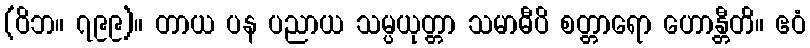
(ဝိဘ။ ၇၉၉)။ တာယ ပန ပညာယ သမ္ပယုတ္တာ သမာဓီပိ စတ္တာရော ဟောန္တီတိ။ ဧဝံ